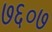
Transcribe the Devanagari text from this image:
७६०७